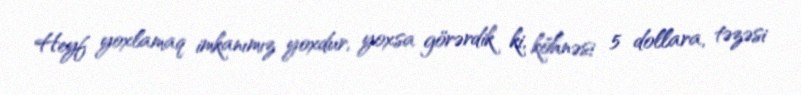
Heyf yoxlamaq imkanımız yoxdur, yoxsa görərdik ki, köhnəsi 5 dollara, təzəsi